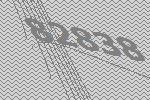
82838